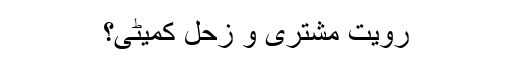
رویت مشتری و زحل کمیٹی؟